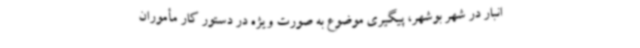
انبار در شهر بوشهر، پیگیری موضوع به صورت ویژه در دستور کار مأموران